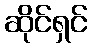
ဆိုင်ရှင်